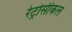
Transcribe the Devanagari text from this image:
रेट्रोसीकल